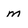
Character: m